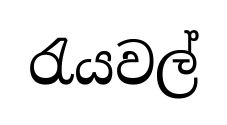
රැයවල්